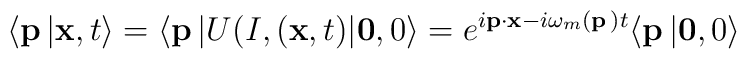
\langle {\bf p}\, \vert {\bf x} ,t \rangle =\langle {\bf p}\, \vert U(I, ({\bf x},t) \vert {\bf 0} ,0 \rangle =e^{i {\bf p} \cdot {\bf x} - i \omega_m ({\bf p}\, ) t} \langle {\bf p}\, \vert {\bf 0} ,0 \rangle